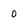
Character: 0